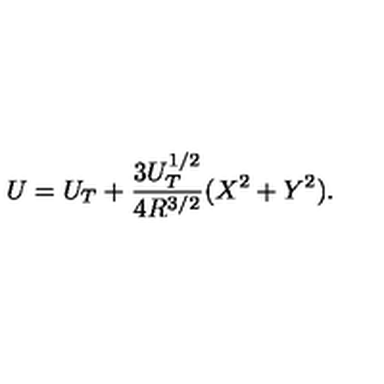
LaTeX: U = U _ { T } + \frac { 3 U _ { T } ^ { 1 / 2 } } { 4 R ^ { 3 / 2 } } ( X ^ { 2 } + Y ^ { 2 } ) .